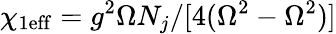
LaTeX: \chi_{\mathrm{1eff}}=g^{2}\Omega N_{j}/[4(\Omega^{2}-\Omega^{2})]